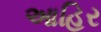
આહિર